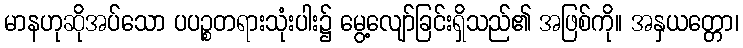
မာနဟုဆိုအပ်သော ပပဉ္စတရားသုံးပါး၌ မွေ့လျော်ခြင်းရှိသည်၏ အဖြစ်ကို။ အနှယတ္တော၊